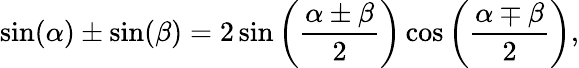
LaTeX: \sin(\alpha)\pm\sin(\beta)=2\sin\left({\frac{\alpha\pm\beta}{2}}\right)\cos\left({\frac{\alpha\mp\beta}{2}}\right),